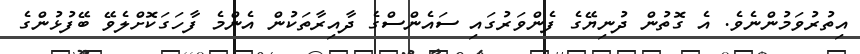
އިތުރުވަމުންނެވެ. އެ ގޮތުން ދުނިޔޭގެ ފެންވަރުގައި ސައެންސްގެ ދާއިރާތަކުން އެންމެ ފާހަގަކޮށްލެވޭ ބޭފުޅުންގެ